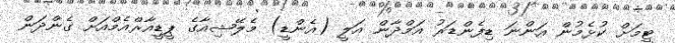
ޓީމަށް ކުޅެމުން އަންނަ ޑިފެންޑަރު އަމްދާން އަލީ (އެންޑީ) މެލޭޝިއާގެ ޕީޑީއާރްއެމްއަށް ގެންދަން